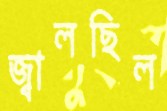
জ্বালছিল